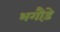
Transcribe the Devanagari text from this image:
भगौड़े